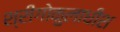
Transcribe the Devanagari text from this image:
श्रीगोकुलाधीश